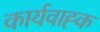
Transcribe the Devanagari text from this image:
कार्यवाह्क